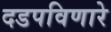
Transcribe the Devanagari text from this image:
दडपविणारे